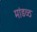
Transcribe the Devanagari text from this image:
मांडव्ठ